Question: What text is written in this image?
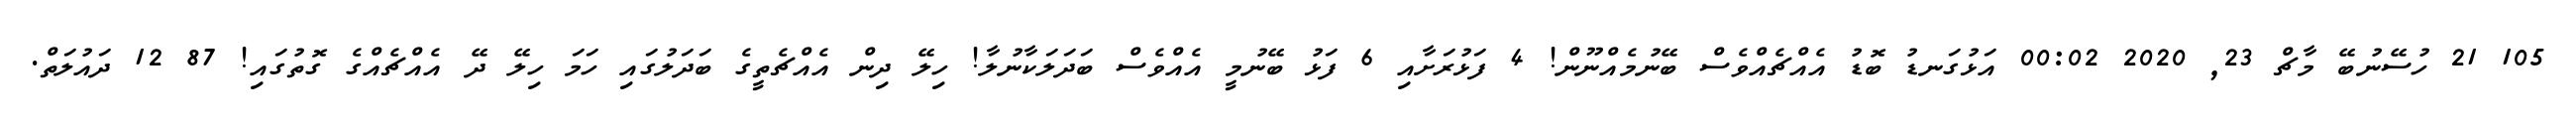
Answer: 105 21 ހުސޭނުބޭ މާޗް 23, 2020 00:02 އަޅުގަނޑު ބޮޑު އެއްޗެއްވެސް ބޭނުމެއްނޫން! 4 ފަޅުރަށާއި 6 ފަޅު ބޭނުމީ އެއްވެސް ބަދަލަކާނުލާ! ހިލޭ ދިން އެއްޗެތީގެ ބަދަލުގައި ހަމަ ހިލޭ ދޭ އެއްޗެއްގެ ގޮތުގައި! 87 12 ދައުލަތް.